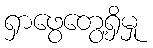
ရှာဖွေတွေ့ရှိမှု